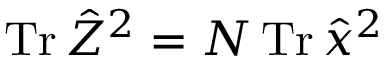
\operatorname { T r } \hat { Z } ^ { 2 } = N \operatorname { T r } \hat { x } ^ { 2 }